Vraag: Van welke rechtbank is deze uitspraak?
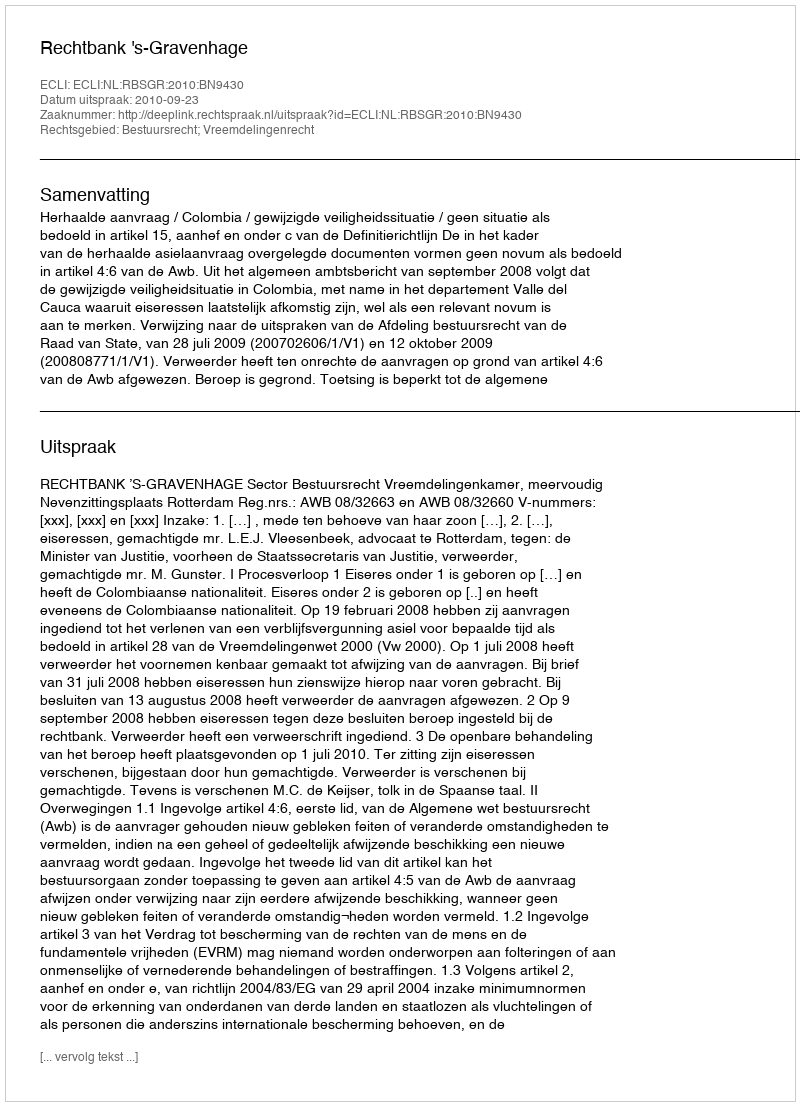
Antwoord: Rechtbank 's-Gravenhage